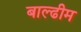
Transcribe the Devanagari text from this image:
बाल्ढीम